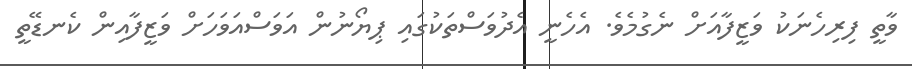
ވާތީ ފިރިހެނަކު ވަޒީފާއަށް ނެގުމެވެ. އެހެނީ އެދުވަސްތަކުގައި ޕިޔޯނުން އަވަސްއަވަހަށް ވަޒީފާއިން ކެނޑޭތީ